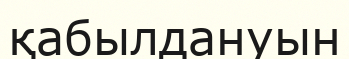
қабылдануын